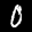
Label: 0